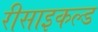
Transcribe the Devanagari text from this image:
रीसाइकल्ड